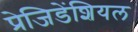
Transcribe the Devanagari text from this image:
प्रेजिडेंशियल